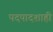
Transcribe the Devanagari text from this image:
पदपादशाही